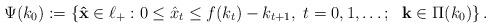
LaTeX: \begin{align*}\Psi(k_0):=\left\{\mathbf{\hat{x}} \in \ell_+: 0 \leq \hat{x}_t \leq f(k_t)-k_{t+1},\ t=0,1,\ldots;\ \ \mathbf{k} \in \Pi(k_0)\right\}.\end{align*}